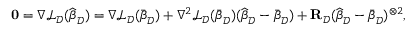
\begin{array} { r } { \mathbf 0 = \nabla \mathcal { L } _ { \mathcal { D } } ( \widehat { { \boldsymbol \beta } } _ { \mathcal { D } } ) = \nabla \mathcal { L } _ { \mathcal { D } } ( \bar { { \boldsymbol \beta } } _ { \mathcal { D } } ) + \nabla ^ { 2 } \mathcal { L } _ { \mathcal { D } } ( \bar { { \boldsymbol \beta } } _ { \mathcal { D } } ) ( \widehat { { \boldsymbol \beta } } _ { \mathcal { D } } - \bar { { \boldsymbol \beta } } _ { \mathcal { D } } ) + \mathbf { R } _ { \mathcal { D } } ( \widehat { { \boldsymbol \beta } } _ { \mathcal { D } } - \bar { { \boldsymbol \beta } } _ { \mathcal { D } } ) ^ { \otimes 2 } , } \end{array}